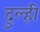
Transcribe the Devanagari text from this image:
दुल्ही